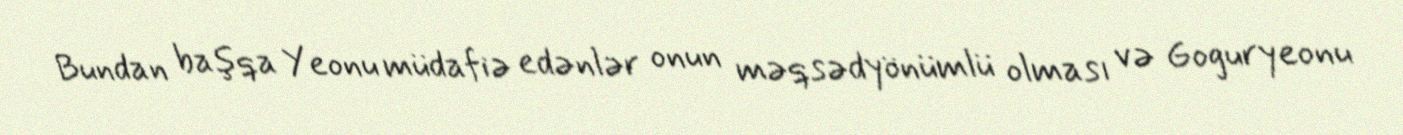
Bundan başqa Yeonu müdafiə edənlər onun məqsədyönümlü olması və Goguryeonu